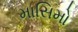
માસિમો